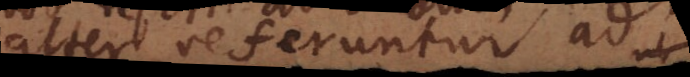
alter referuntur ad